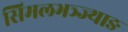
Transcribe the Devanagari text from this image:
सिमलभञ्ज्याङ